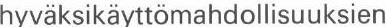
hyväksikäyttömahdollisuuksien